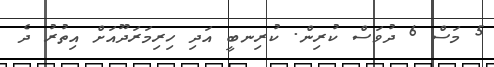
5 މަސް 6 ދުވަސް ކުރިން. ކުރިނބީ އަދި ހިރިމަރަދޫއަށް އިތުރު ދެ